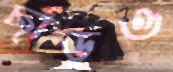
ছাড়ও